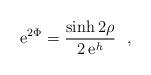
LaTeX: \begin{align*}{\rm e}^{2 \Phi} =\frac{\sinh 2 \rho}{2 \,{\rm e}^h}~~,\end{align*}